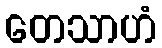
တေသာဟံ